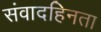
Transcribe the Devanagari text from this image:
संवादहिनता